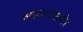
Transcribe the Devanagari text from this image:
अहल्येसमोर